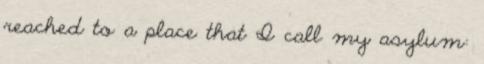
reached to a place that I call my asylum: